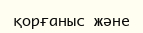
қорғаныс және